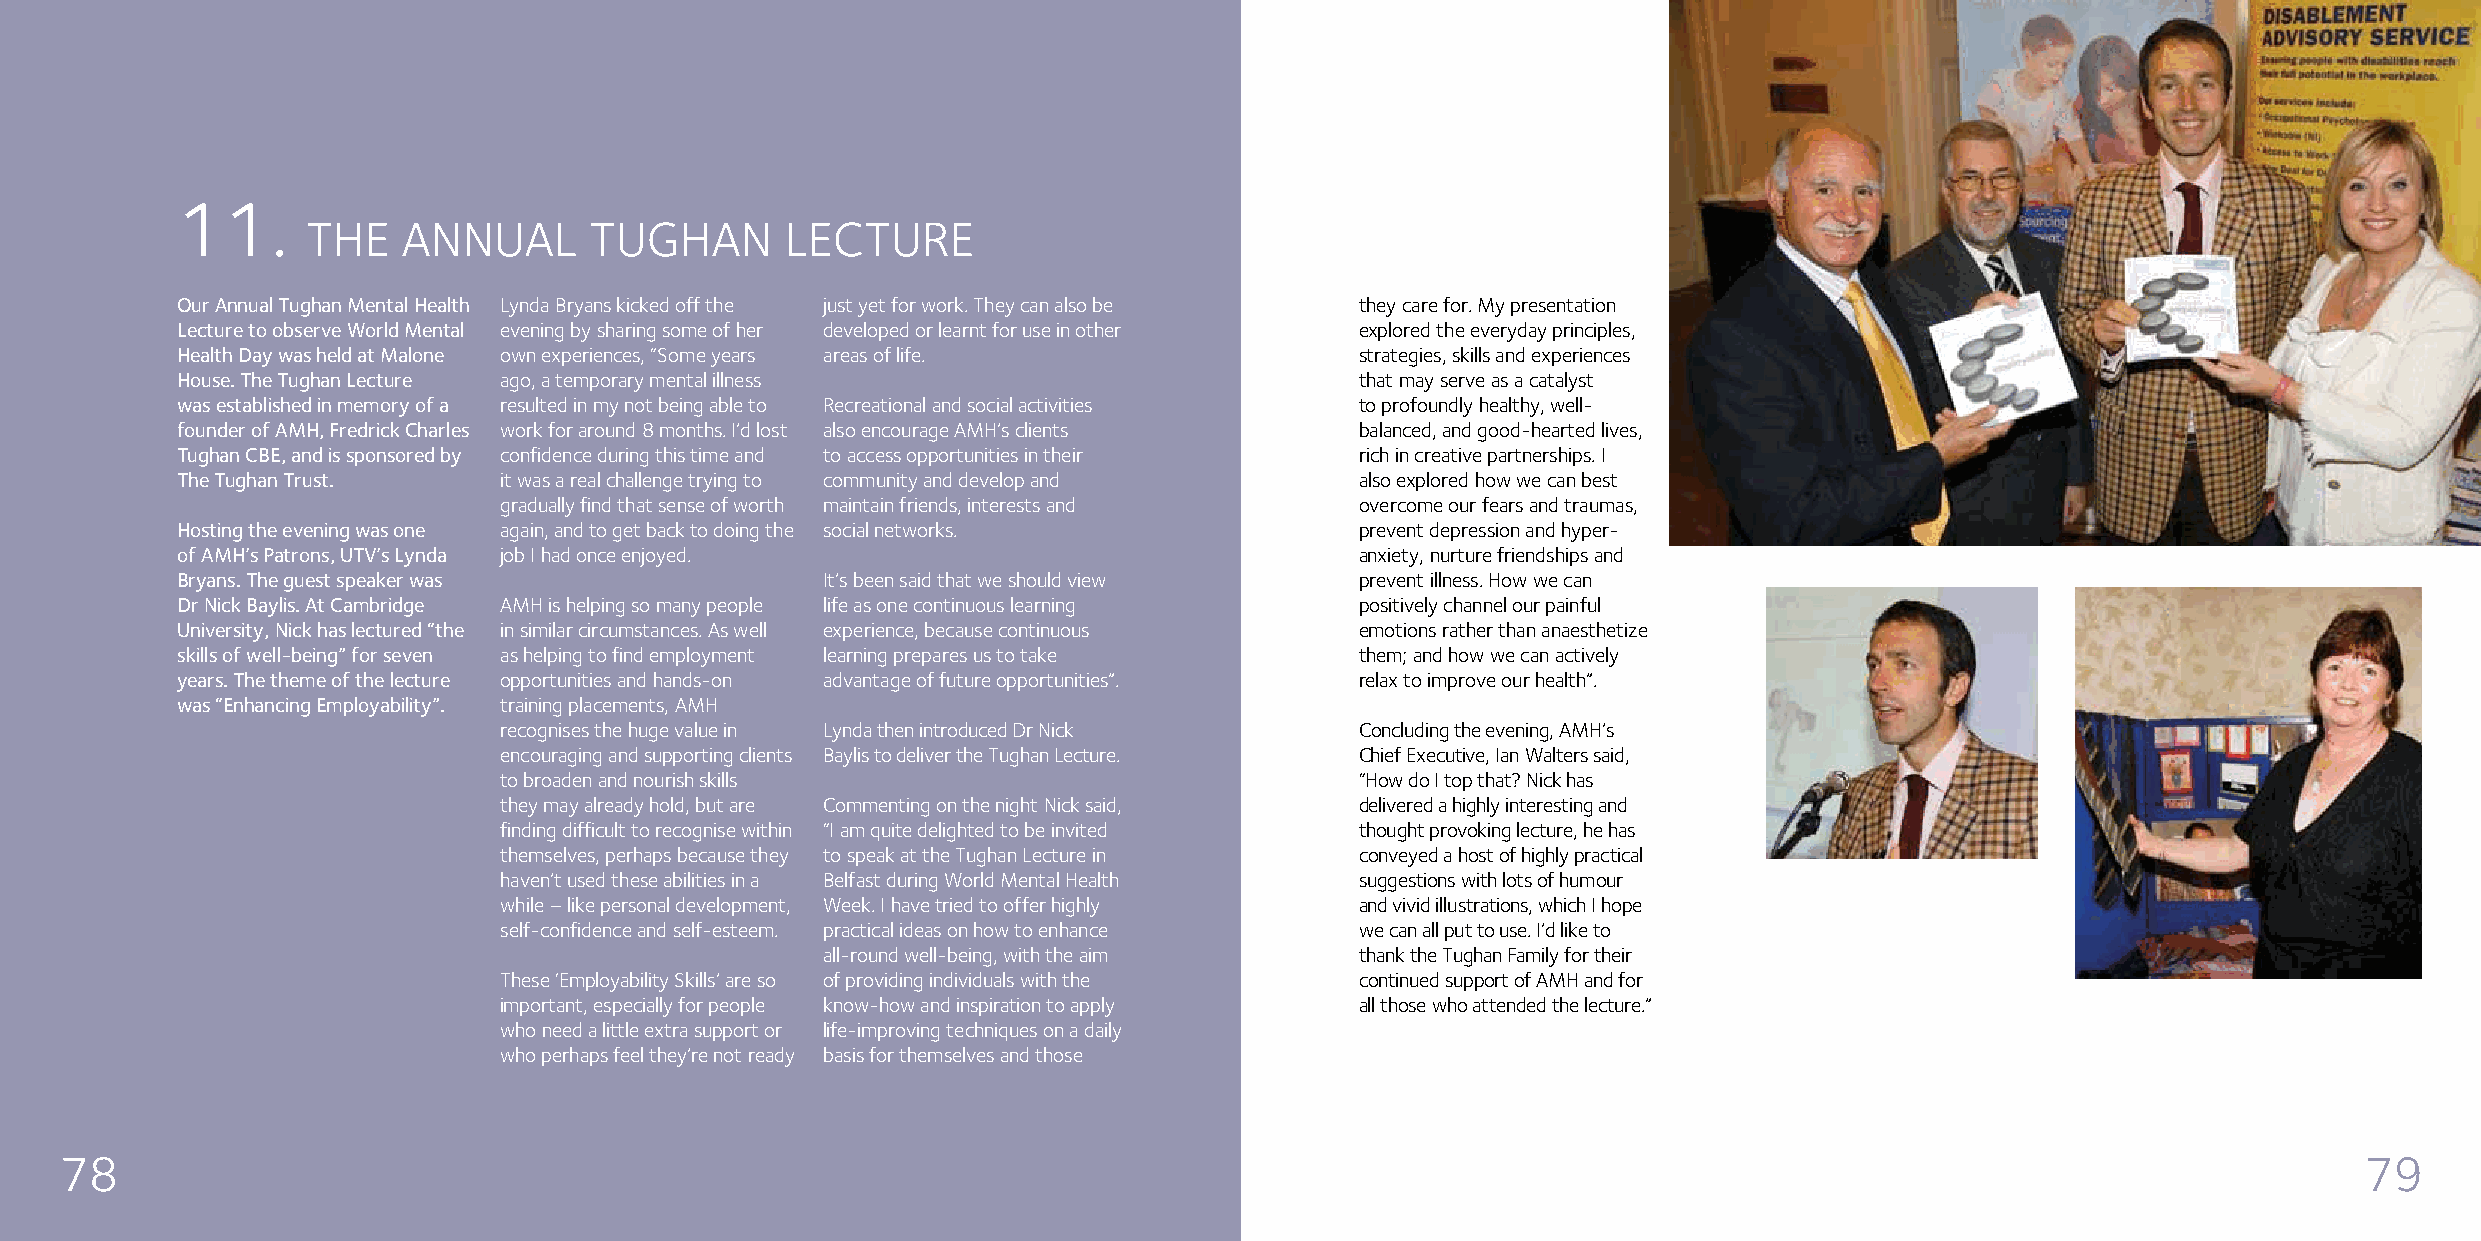
ACTION MENTAL HEALTH ANNUAL REPORT 2009/2010
 11.
 THE    ANNUAL      TUGHAN       LECTURE
 Our Annual Tughan Mental Health Lynda Bryans kicked off the just yet for work. They can also be they care for. My presentation
 Lecture to observe World Mental evening by sharing some of her developed or learnt for use in other explored the everyday principles,
 Health Day was held at Malone own experiences, “Some years areas of life.     strategies, skills and experiences
 House. The Tughan Lecture ago, a temporary mental illness                     that may serve as a catalyst
 was established in memory of a resulted in my not being able to Recreational and social activities to profoundly healthy, well-
 founder of AMH, Fredrick Charles work for around 8 months. I’d lost also encourage AMH’s clients balanced, and good-hearted lives,
 Tughan CBE, and is sponsored by confidence during this time and to access opportunities in their rich in creative partnerships. I
 The Tughan Trust.    it was a real challenge trying to community and develop and also explored how we can best
 gradually find that sense of worth maintain friends, interests and overcome our fears and traumas,
 Hosting the evening was one again, and to get back to doing the social networks. prevent depression and hyper-
 of AMH’s Patrons, UTV’s Lynda job I had once enjoyed.                         anxiety, nurture friendships and
 Bryans. The guest speaker was             It’s been said that we should view  prevent illness. How we can
 Dr Nick Baylis. At Cambridge AMH is helping so many people life as one continuous learning positively channel our painful
 University, Nick has lectured “the in similar circumstances. As well experience, because continuous emotions rather than anaesthetize
 skills of well-being” for seven as helping to find employment learning prepares us to take them; and how we can actively
 years. The theme of the lecture opportunities and hands-on advantage of future opportunities”. relax to improve our health”.
 was “Enhancing Employability”. training placements, AMH
 recognises the huge value in Lynda then introduced Dr Nick Concluding the evening, AMH’s
 encouraging and supporting clients Baylis to deliver the Tughan Lecture. Chief Executive, Ian Walters said,
 to broaden and nourish skills                            “How do I top that? Nick has
 they may already hold, but are Commenting on the night Nick said, delivered a highly interesting and
 finding difficult to recognise within “I am quite delighted to be invited thought provoking lecture, he has
 themselves, perhaps because they to speak at the Tughan Lecture in conveyed a host of highly practical
 haven’t used these abilities in a Belfast during World Mental Health suggestions with lots of humour
 while – like personal development, Week. I have tried to offer highly and vivid illustrations, which I hope
 self-confidence and self-esteem. practical ideas on how to enhance we can all put to use. I’d like to
 all-round well-being, with the aim  thank the Tughan Family for their
 These ‘Employability Skills’ are so of providing individuals with the continued support of AMH and for
 important, especially for people know-how and inspiration to apply all those who attended the lecture.”
 who need a little extra support or life-improving techniques on a daily
 who perhaps feel they’re not ready basis for themselves and those
 78                                                                                                                                                      79